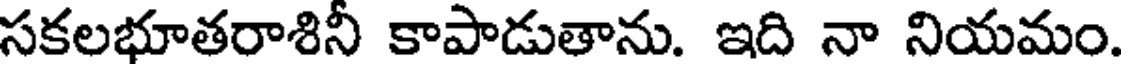
సకలభూతరాశినీ కాపాడుతాను. ఇది నా నియమం.